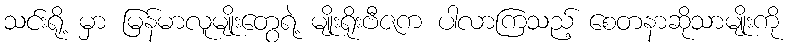
သင်းရို့ မှာ မြန်မာလူမျိုးတွေရဲ့ မျိုးရိုးဗီဇက ပါလာကြသည့် စေတနာဆိုသာမျိုးကို